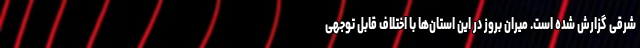
شرقی گزارش شده است. میران بروز در این استان‌ها با اختلاف قابل توجهی